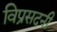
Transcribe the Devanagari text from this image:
विप्रसदनी